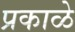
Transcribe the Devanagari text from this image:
प्रकाळे